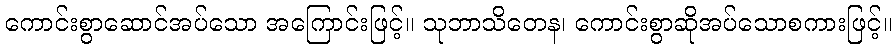
ကောင်းစွာဆောင်အပ်သော အကြောင်းဖြင့်။ သုဘာသိတေန၊ ကောင်းစွာဆိုအပ်သောစကားဖြင့်။